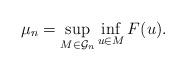
LaTeX: \begin{align*}\mu_n=\sup _{M \in \mathcal{G}_n} \inf _{u \in M} F(u).\end{align*}